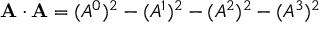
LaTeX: \mathbf { A \cdot A } = ( A ^ { 0 } ) ^ { 2 } - ( A ^ { 1 } ) ^ { 2 } - ( A ^ { 2 } ) ^ { 2 } - ( A ^ { 3 } ) ^ { 2 }